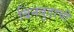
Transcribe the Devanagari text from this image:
बिनबुडाची